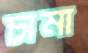
চামা